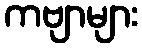
ကဗျာများ